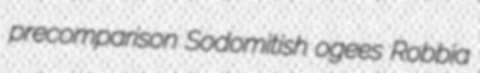
precomparison Sodomitish ogees Robbia